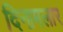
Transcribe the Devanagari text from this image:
दिनामलार